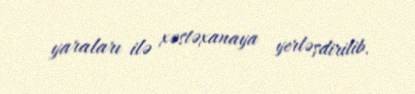
yaraları ilə xəstəxanaya yerləşdirilib.